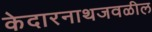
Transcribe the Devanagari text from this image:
केदारनाथजवळील